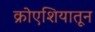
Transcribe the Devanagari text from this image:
क्रोएशियातून